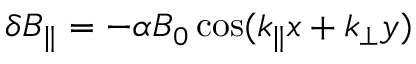
\delta B _ { \parallel } = - \alpha B _ { 0 } \cos ( k _ { \parallel } x + k _ { \perp } y )